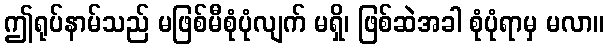
ဤရုပ်နာမ်သည် မဖြစ်မီစုံပုံလျက် မရှိ၊ ဖြစ်ဆဲအခါ စုံပုံရာမှ မလာ။